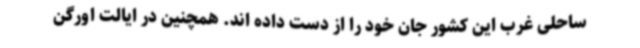
ساحلی غرب این کشور جان خود را از دست داده اند. همچنین در ایالت اورگن